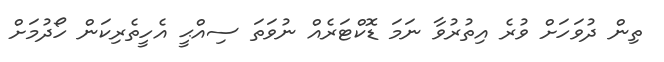
ތިން ދުވަހަށް ވުރެ އިތުރުވާ ނަމަ ޑޮކްޓަރެއް ނުވަތަ ސިއްޙީ އެހީތެރިކަން ހޯދުމަށް